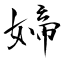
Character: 媂